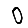
Digit: 0